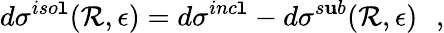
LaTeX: d\sigma^{iso\mathtt{l}}(\mathcal{R},\epsilon)=d\sigma^{inc\mathtt{l}}-d\sigma^{s\mathbf{u}b}(\mathcal{R},\epsilon)\: \: \: ,